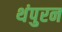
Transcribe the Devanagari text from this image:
थंपुरन